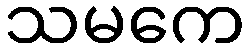
သမကေ